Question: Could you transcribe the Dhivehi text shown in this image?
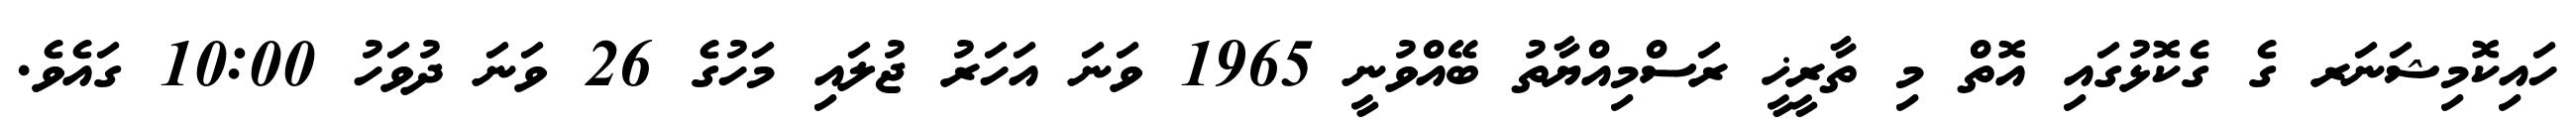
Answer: ހައިކޮމިޝަނަރ ގެ ގެކޮޅުގައި އޮތް މި ތާރީޚީ ރަސްމިއްޔާތު ބޭއްވުނީ 1965 ވަނަ އަހަރު ޖުލައި މަހުގެ 26 ވަނަ ދުވަހު 10:00 ގައެވެ.